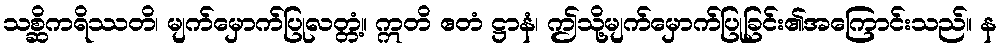
သစ္ဆိကရိဿတိ၊ မျက်မှောက်ပြုလတ္တံ့။ ဣတိ ဧတံ ဋ္ဌာနံ၊ ဤသို့မျက်မှောက်ပြုခြင်း၏အကြောင်းသည်။ န